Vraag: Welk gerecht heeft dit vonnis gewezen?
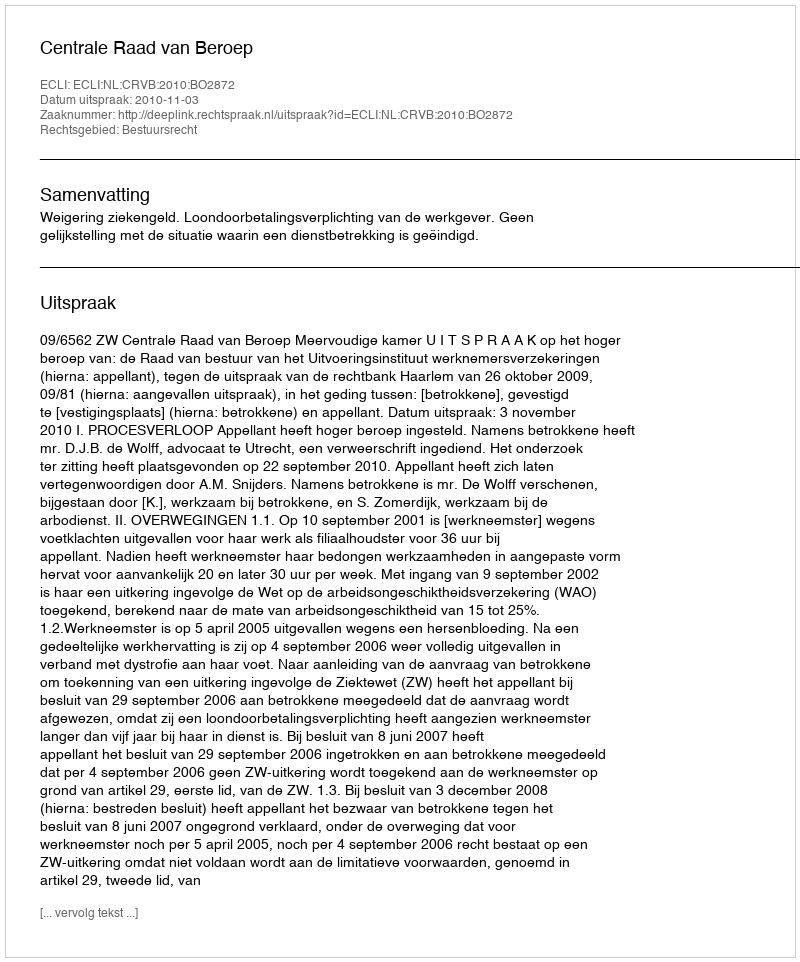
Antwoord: Centrale Raad van Beroep